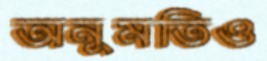
অনুমতিও